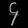
Digit: ၄